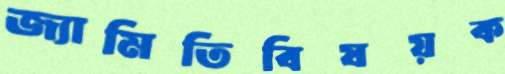
জ্যামিতিবিষয়ক